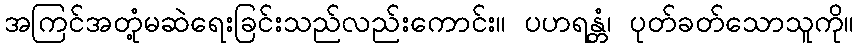
အကြင်အတုံ့မဆဲရေးခြင်းသည်လည်းကောင်း။ ပဟရန္တံ၊ ပုတ်ခတ်သောသူကို။